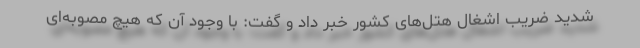
شدید ضریب اشغال هتل‌های کشور خبر داد و گفت: با وجود آن که هیچ مصوبه‌ای